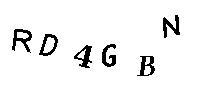
RD4GBN